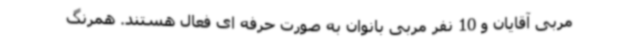
مربی آقایان و 10 نفر مربی بانوان به صورت حرفه ای فعال هستند. همرنگ